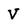
Character: V